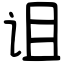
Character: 诅